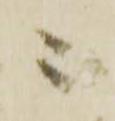
ニ